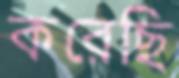
করেছি